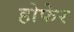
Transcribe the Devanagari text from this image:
होफेर